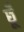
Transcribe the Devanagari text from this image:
छूँ